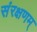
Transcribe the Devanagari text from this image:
संरक्षणम्‌